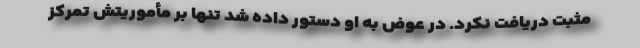
مثبت دریافت نکرد. در عوض به او دستور داده شد تنها بر مأموریتش تمرکز